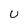
Character: U